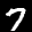
Label: 7